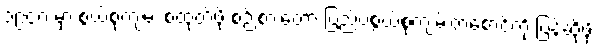
၁၉၄၈ မှာ စွယ်စုံကျမ်း စထုတ်ဖို့ စဉ်းစားတော့ ပြည်ပစွယ်စုံကျမ်းတစောင်ကို ပြန်ဆိုဖို့